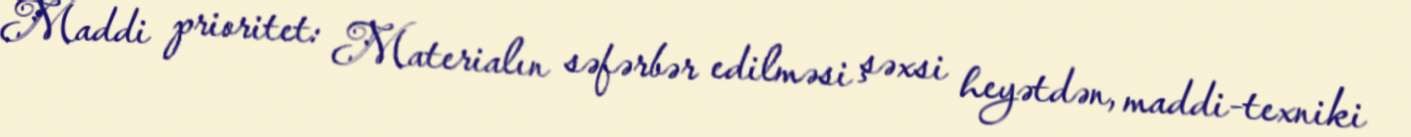
Maddi prioritet: Materialın səfərbər edilməsi şəxsi heyətdən, maddi-texniki